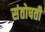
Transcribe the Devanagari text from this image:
संतोषती